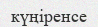
күңіренсе